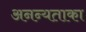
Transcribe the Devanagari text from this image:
अनन्यताका